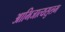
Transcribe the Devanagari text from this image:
आभिजात्यसुलभ